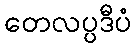
တေလပ္ပဒီပံ